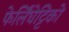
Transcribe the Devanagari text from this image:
फेर्लिंघेट्टिको